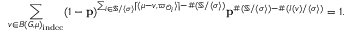
\sum _ { v \in B ( G , \mu ) _ { \mathrm { i n d e c } } } ( 1 - \mathbf { p } ) ^ { \sum _ { i \in \mathbb { S } / \langle \sigma \rangle } \lceil \langle \mu - v , \varpi _ { { \mathcal { O } } _ { i } } \rangle \rceil - \# ( \mathbb { S } / \langle \sigma \rangle ) } \mathbf { p } ^ { \# ( \mathbb { S } / \langle \sigma \rangle ) - \# ( I ( v ) / \langle \sigma \rangle ) } = 1 .